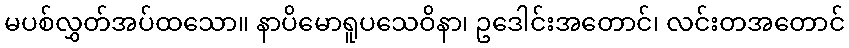
မပစ်လွှတ်အပ်ထသော။ နာပိမောရူပသေဝိနာ၊ ဥဒေါင်းအတောင်၊ လင်းတအတောင်